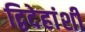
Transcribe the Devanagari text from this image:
द्विदेहांशी